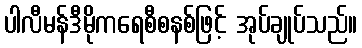
ပါလီမန်ဒီမိုကရေစီစနစ်ဖြင့် အုပ်ချုပ်သည်။